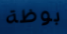
بوظة